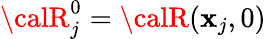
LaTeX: {\calR}_{j}^{0}={\calR}(\mathbf{x}_{j},0)